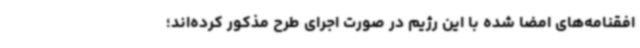
افقنامه‌های امضا شده با این رژیم در صورت اجرای طرح مذکور کرده‌اند؛